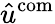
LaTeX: \hat{u}^{\mathrm{com}}